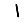
Digit: 1